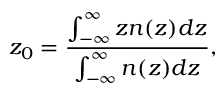
z _ { 0 } = \frac { \int _ { - \infty } ^ { \infty } z n ( z ) d z } { \int _ { - \infty } ^ { \infty } n ( z ) d z } ,